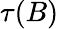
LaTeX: \tau(B)